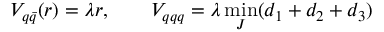
V _ { q \bar { q } } ( r ) = \lambda r , \qquad V _ { q q q } = \lambda \operatorname * { m i n } _ { J } ( d _ { 1 } + d _ { 2 } + d _ { 3 } )